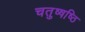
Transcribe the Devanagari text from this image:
चतुष्षष्ठि